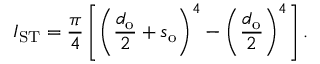
I _ { \mathrm { S T } } = \frac { \pi } { 4 } \left[ \left( \frac { d _ { \mathrm { o } } } { 2 } + s _ { \mathrm { o } } \right) ^ { 4 } - \left( \frac { d _ { \mathrm { o } } } { 2 } \right) ^ { 4 } \right] .